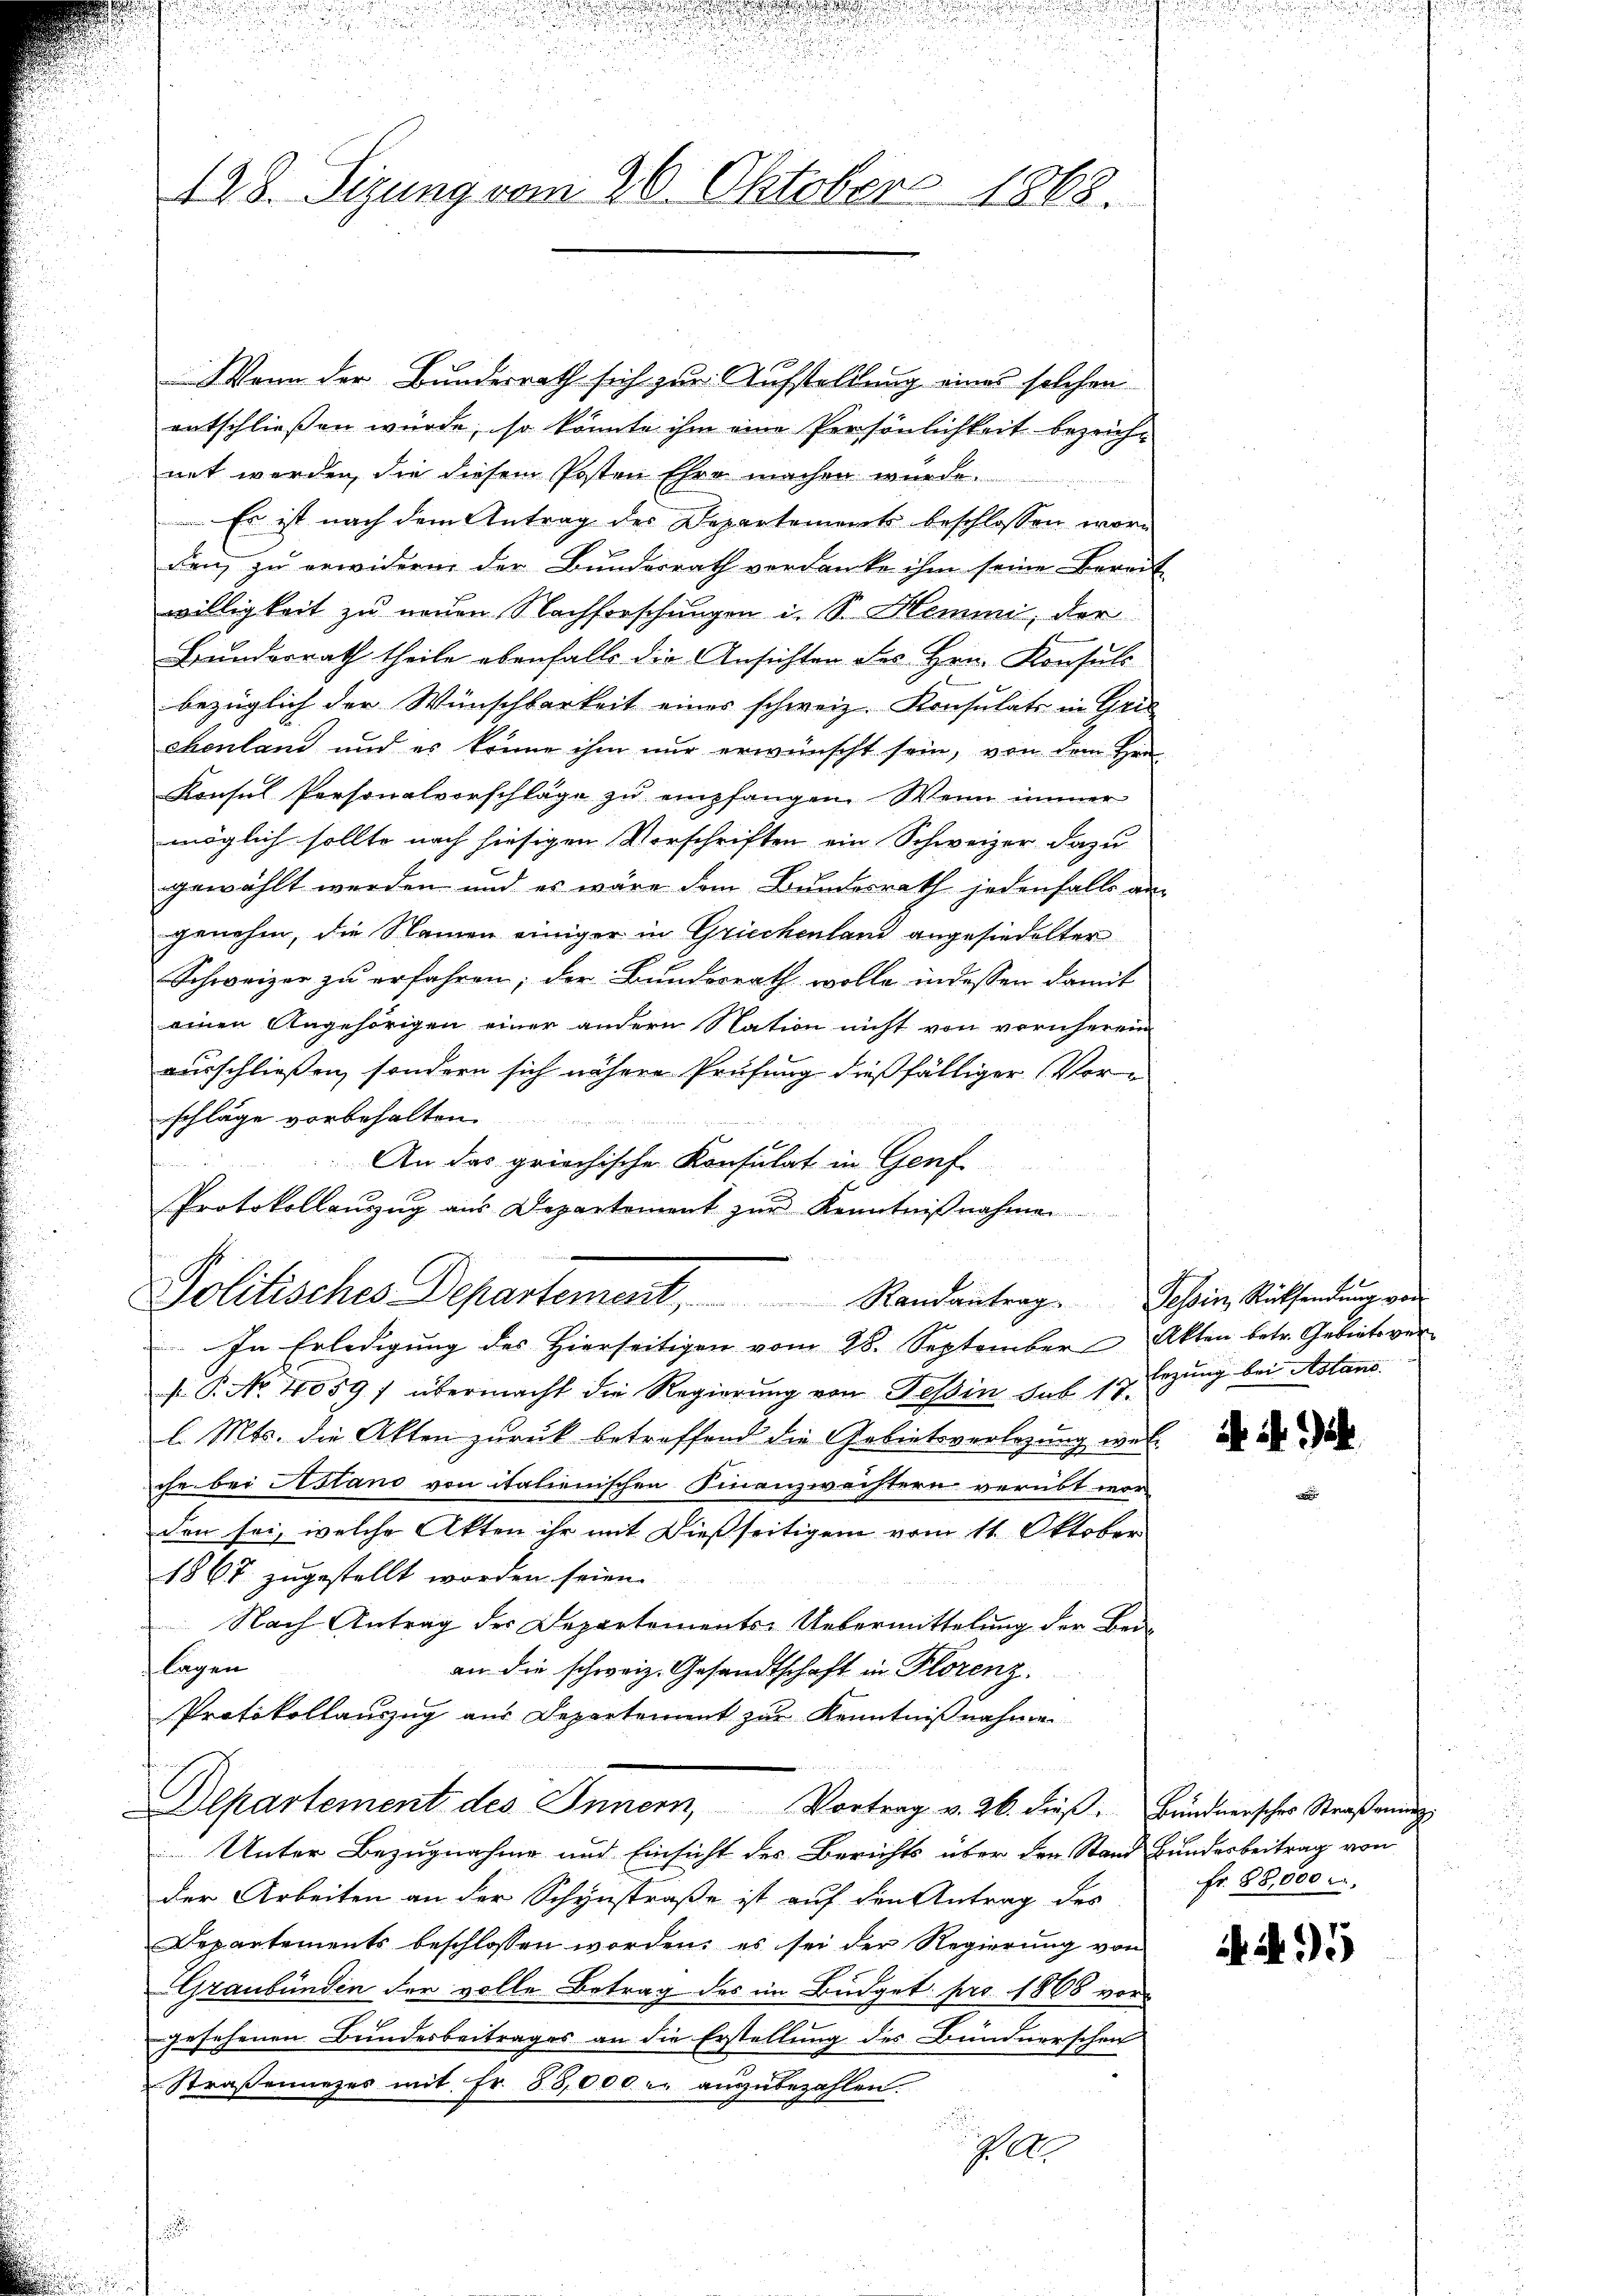
Wenn der Bundesrath sich zur Aufstellung eines solchen
entschließen würde, so könnte ihm eine Persönlichkeit bezeich-
net werden, die diesem Posten Ehre machen wurde.
 Es ist nach dem Antrag des Departements beschlossen worn
ranz zu erwidern der Bundesrath verdanke ihm seine Bereit
willigkeit zu neuen Nachforschungen i. S. Hemmi, der
Bunderrath theile ebenfalls die Ansichten des Hrn. Konsuls
bezüglich der Wünschbarkeit eines schweiz. Konsulats in Grie
chenland und es könne ihm nur erwünscht sein, von dem Hrn.
Konsul Personalvorschläge zu empfangen. Wenn immer
möglich sollte noch hiesigen Vorschriften ein Schweizer dazu
gewählt werden und es wäre dem Bundesrath jedenfalls an
genehm, die Namen einiger in Griechenland angesiedelter
Schweizer zu erfahren; der Bundesrath wolle indessen damit
einen Angehörigen einer andern Nation nicht von vornherein
aurschließen, sondern sich nähere Prüfung dießfälliger Vorschläge vorbehalten.
An das griechische Konsulat in Genf
Protokollaŭzŭg aŭs Departement zŭr Kenntniβnahmen

428. Sizung vom 26. Oktobers 1868.

In Erledigung des Hierseitigen vom 28. September Akten betr. Gebiete ver
F. P. Nr. 4059/ übermacht die Regierŭng von Tessin sub 17.
l. Mts. die Akten zurück betreffend die Gebietsverlegung wel-
che bei Astand von italienischen Finanzwächtern verübt wor-
den sei, welche Akten ihr mit dießseitigem vom 11. Oktober
1867 zugestellt worden seien.
Nach Antrag des Departements-Uebermittelung der Bede
lagen
an die schweiz. Gesandtschaft in Florenz.
Protokollauzug aus Departement zur Kenntnißnahmen
Departement des Innern, Vortrag v. 26. dieβ. Bündnersches Straßenung
Unter Bezugnahme und Einsicht des Berichts über den Stand Bundesbeitrag von
der Arbeiten an der Schynstraße ist auf den Antrag des
Departements beschlossen worden, es sei der Regierung von
Graubünden der volle Betrag des im Budget pro 1868 vor
gesehenen Bundesbeitrages an die Erstellung des Bundnerschen
Straßenarzes mit Fr. 83,000 r. auszubezahlen.
10

Politisches Departement, Randantrag. Sein Rücksendung von

Erzung bei Astans.

A. S. 154.

fr. 88,000

A 95